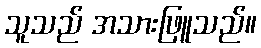
သူသည် အသားဖြူသည်။